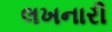
લખનારી